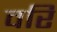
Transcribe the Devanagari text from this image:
वरि